Annual report of lunatic asylums [Bombay] - 1912-1922
Year: 1912
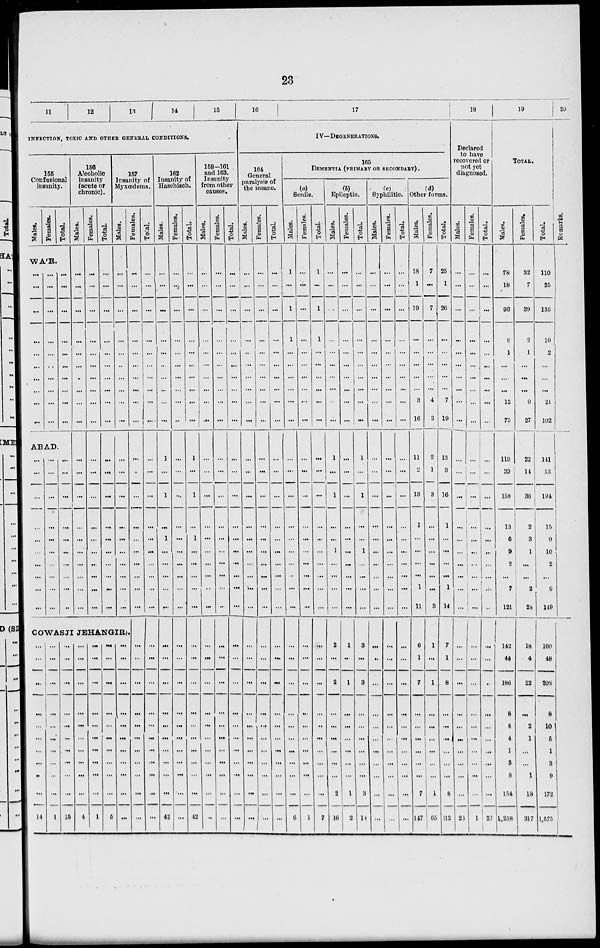
23
11
12
13
14
15
INFECTION, TOXIC AND OTHER GENERAL CONDITIONS.
155
Confusional
insanity.
Males.
Females.
Total.
WA'R.
...
...
...
...
...
...
...
...
...
...
...
...
...
...
...
...
...
...
...
...
...
...
...
...
...
...
...
...
...
...
ABAD.
...
...
...
...
...
...
...
...
...
...
...
...
...
...
...
...
...
...
...
...
...
...
...
...
...
...
...
...
...
...
156
Alcoholic
insanity
(acute of
chronic).
Males.
...
...
...
...
...
...
...
...
...
...
...
...
...
...
...
...
...
...
...
...
Females.
...
...
...
...
...
...
...
...
...
...
...
...
...
...
...
...
...
...
...
...
Total.
...
...
...
...
...
...
...
...
...
...
...
...
...
...
...
...
...
...
...
...
157
Insanity of
Myxœdema.
Males.
...
...
...
...
...
...
...
...
...
...
...
...
...
...
...
...
...
...
...
...
COWASJI JEHANGIR).
...
...
...
...
...
...
...
...
...
...
14
...
...
...
...
...
...
...
...
...
...
1
...
...
...
...
...
...
...
...
...
...
15
...
...
...
...
...
...
...
...
...
...
4
...
...
...
...
...
...
...
...
...
...
1
...
...
...
...
...
...
...
...
...
...
2
...
...
...
...
...
...
...
...
...
...
...
Females.
...
...
...
...
...
...
...
...
...
...
...
...
...
...
...
...
...
...
...
...
...
...
...
...
...
...
...
...
...
...
...
Total.
...
...
...
...
...
...
...
...
...
...
...
...
...
...
...
...
...
...
...
...
...
...
...
...
...
...
...
...
...
162
Insanity of
Haschisch.
Males.
...
...
...
...
...
...
...
...
...
...
1
...
1
...
1
...
...
...
...
...
...
...
...
...
...
...
...
...
...
...
42
Females.
...
...
...
...
...
...
...
...
...
...
...
...
...
...
...
...
...
...
...
...
...
...
...
...
...
...
...
...
...
...
...
Total.
...
...
...
...
...
...
...
...
...
...
1
...
1
...
1
...
...
...
...
...
...
...
...
...
...
...
...
...
...
...
42
158—161
and 163.
Insanity
from other
causes.
Males.
...
...
...
...
...
...
...
...
...
...
...
...
...
...
...
...
...
...
...
...
...
...
...
...
...
...
...
...
...
...
...
Females.
...
...
...
...
...
...
...
...
...
...
...
...
...
...
...
...
...
...
...
...
...
...
...
...
...
...
...
...
...
...
...
Total.
...
...
...
...
...
...
...
...
...
...
...
...
...
...
...
...
...
...
...
...
...
...
...
...
...
...
...
...
...
...
...
16
17
IV—DEGENERATION.
164
General
paralysis of
the insane.
Males.
...
...
...
...
...
...
...
...
...
...
...
...
...
...
...
...
...
...
...
...
...
...
...
...
...
...
...
...
...
...
Females.
...
...
...
...
...
...
...
...
...
...
...
...
...
...
...
...
...
...
...
...
...
...
...
...
...
...
...
...
...
...
...
Total.
...
...
...
...
...
...
...
...
...
...
...
...
...
...
...
...
...
...
...
...
...
...
...
...
...
...
...
...
...
...
...
165
DEMENTIA (PRIMARY OR SECONDARY).
Senile.
Males.
1
...
1
1
...
...
...
...
...
...
...
...
...
...
...
...
...
...
...
...
...
...
...
...
...
...
...
...
...
...
6
Females.
...
...
...
...
...
...
...
...
...
...
...
...
...
...
...
...
...
...
...
...
...
...
...
...
...
...
...
...
...
...
1
Total.
1
...
1
1
...
...
...
...
...
...
...
...
...
...
...
...
...
...
...
...
...
...
...
...
...
...
...
...
...
...
7
Epileptic
Males.
...
...
...
...
...
...
...
...
...
...
1
...
1
...
...
1
...
...
...
...
2
...
2
...
...
...
...
...
...
2
16
Females.
...
...
...
...
...
...
...
...
...
...
...
...
...
...
...
...
...
...
...
...
1
...
1
...
...
...
...
...
...
1
2
Total.
...
...
...
...
...
...
...
...
...
...
1
...
1
...
...
1
...
...
...
...
3
...
3
...
...
...
...
...
...
3
18
(c)
Syphilitic.
Males.
...
...
...
...
...
...
...
...
...
...
...
...
...
...
...
...
...
...
...
...
...
...
...
...
...
...
...
...
...
...
...
Females.
...
...
...
...
...
...
...
...
...
...
...
...
...
...
...
...
...
...
...
...
...
...
...
...
...
...
...
...
...
...
...
Total.
...
...
...
...
...
...
...
...
...
...
...
...
...
...
...
...
...
...
...
...
...
...
...
...
...
...
...
...
...
...
...
(d)
Other forms.
Males.
18
1
19
...
...
...
...
3
16
11
2
13
1
...
...
...
...
1
11
6
1
7
...
...
...
...
...
...
7
147
Females.
7
...
7
...
...
...
...
...
4
3
2
1
3
...
...
...
...
...
...
3
1
...
1
...
...
...
...
...
...
1
65
Total.
25
1
26
...
...
...
...
...
7
10
13
3
16
1
...
...
...
...
1
14
7
1
8
...
...
...
...
...
...
8
212
18
Declared
to have
recovered or
not yet
diagnosed.
Males.
...
...
...
...
...
...
...
...
...
...
...
...
...
...
...
...
...
...
...
...
...
...
...
...
...
...
...
...
...
26
Females.
...
...
...
...
...
...
...
...
...
...
...
...
...
...
...
...
...
...
...
...
...
...
...
...
...
...
...
...
...
...
1
Total.
...
...
...
...
...
...
...
...
...
...
...
...
...
...
...
...
...
...
...
...
...
...
...
...
...
...
...
...
27
19
TOTAL.
Males.
78
18
96
8
1
...
...
...
12
75
119
39
158
13
6
9
2
...
7
121
142
44
186
8
8
4
1
3
8
154
1,258
Females.
32
7
39
2
1
...
...
...
9
27
22
14
36
2
3
1
...
...
2
28
18
4
22
...
2
1
...
...
1
18
317
Total.
110
25
135
10
2
...
...
...
21
102
141
53
194
15
9
10
2
...
9
149
160
48
208
8
10
5
1
3
9
172
1,575
20
Remarks.